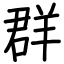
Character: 群